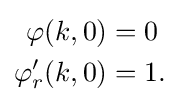
{\begin{aligned}\varphi (k,0)&=0\\\varphi _{r}'(k,0)&=1.\end{aligned}}